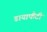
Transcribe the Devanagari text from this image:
डायाफैंटी